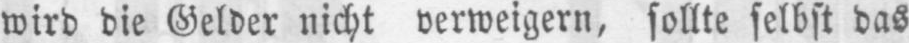
wird die Gelder nicht verweigern, sollte selbst das